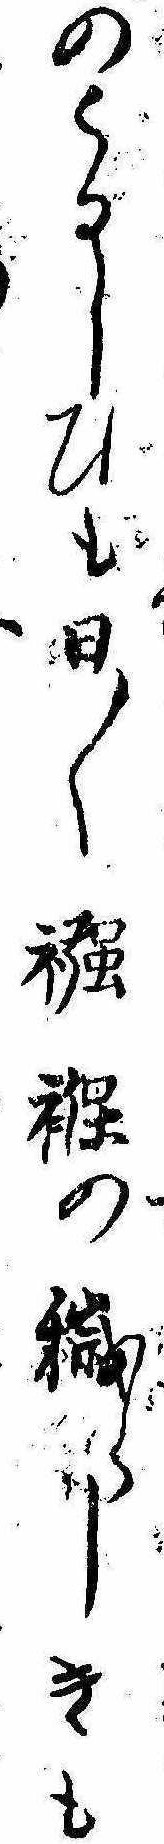
のくるしひも日〱襁褓の穢さしきも